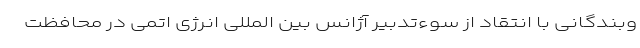
وبندگانی با انتقاد از سوءتدبیر آژانس بین المللی انرژی اتمی در محافظت